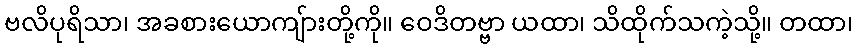
ဗလိပုရိသာ၊ အခစားယောကျ်ားတို့ကို။ ဝေဒိတဗ္ဗာ ယထာ၊ သိထိုက်သကဲ့သို့။ တထာ၊